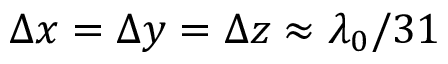
\Delta x = \Delta y = \Delta z \approx \lambda _ { 0 } / 3 1